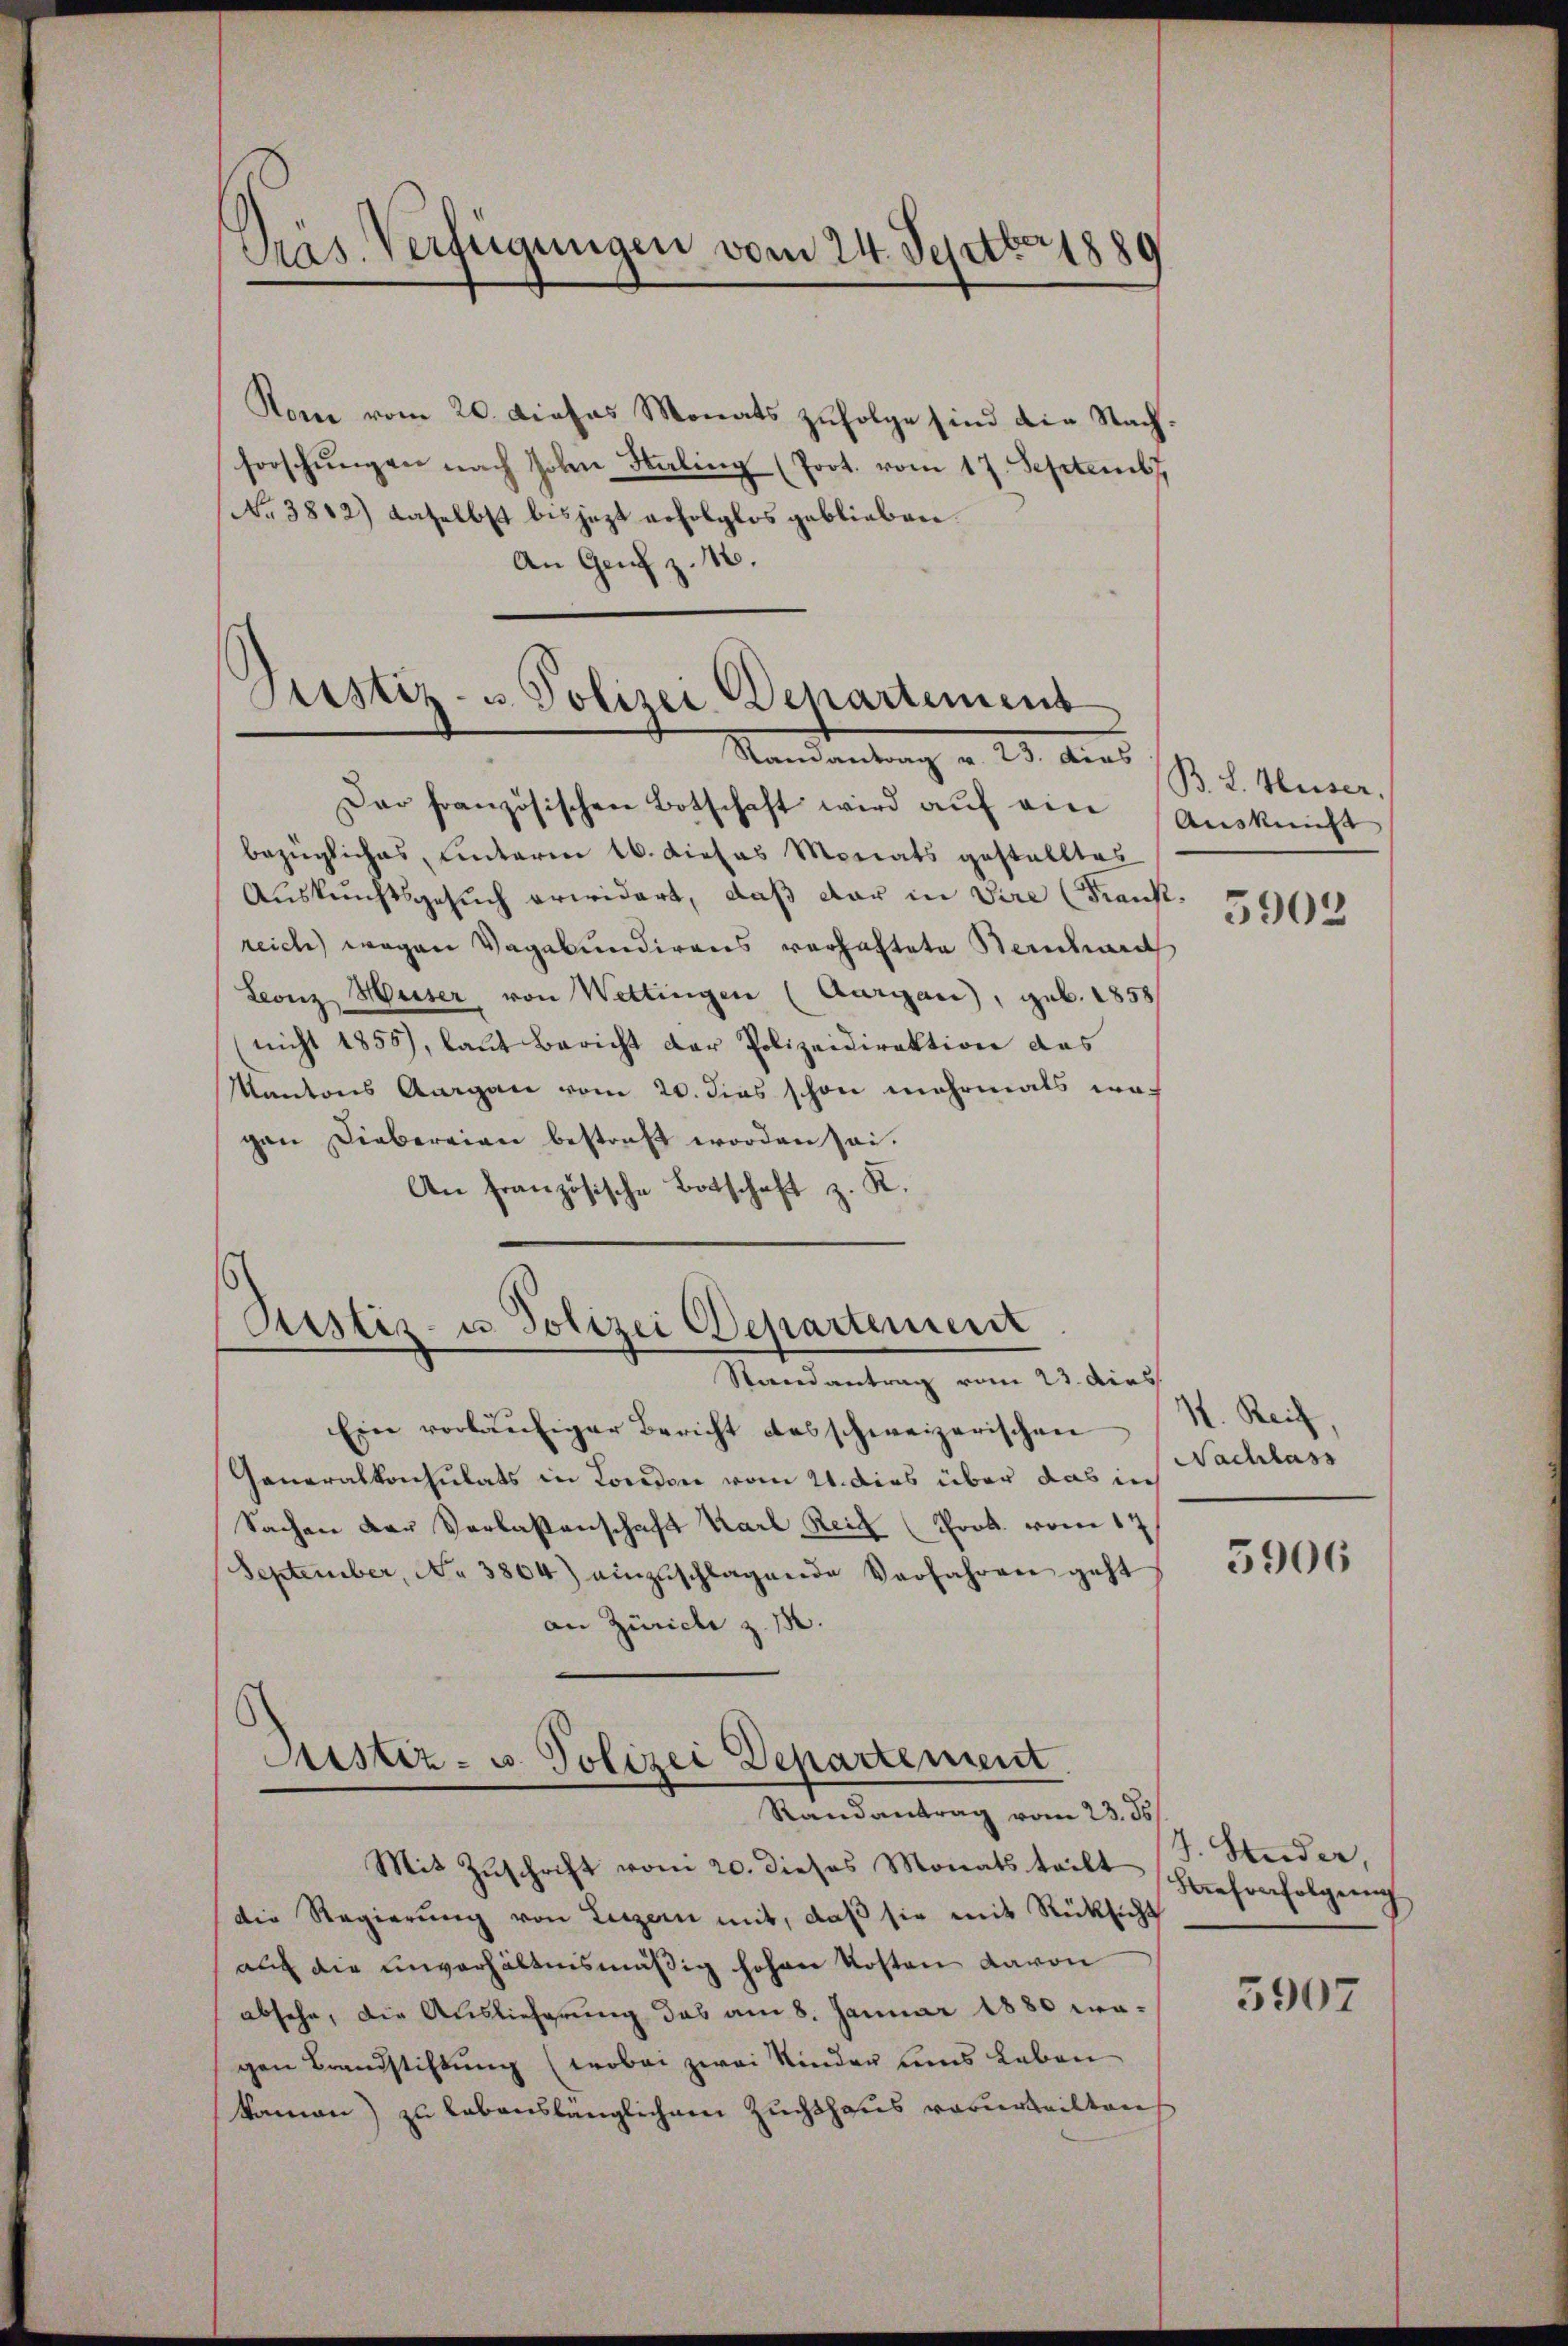
Präs. Verfügungen vom 24. Septbr. 1889

Rom vom 20. Diehas Monats zŭfolge sind die Nach-
forschungen nach Hohen Kaling (Prot. vom 17. Septembr
No 3812) daselbst bis jezt erfolglos geblieben.
An Genf z. 18.

Justiz- u. Polizei Departement
Randantrag v. 23. dies
Dar französischen Botschaft wird aŭf ein Aŭsknift

bezügliches, hinterm 16. dieses Monats gestelltes
Auskunftsgesuch erwidert, daß der in Vire (Frankreich wegen Vagabundigens verhaftete Sendand
Leonz Huser, von Wettingen (Aargau, geb. 1858/
nicht 1855), laut Bericht der Polizeidirektion das
Kantons Aargau vom 20. dies schon mehrmals wegen Diebereien bestraft worden sei.
An Französische Botschaft z. K.

Justiz- u Polizei Departement
Randantrag vom 23. dies

Aristiz- u. Polizei Departement
Randantrag vom 23. ds.

Ein vorläufiger Bericht das schweizerischen
Generalkonsulats in London vom 21. dies über das in
Sachen der Verlassenschaft Karl Reiz (Prok. vom 17
September, No 3864) einzuschlagende Verfahren geht
an Zürich z. B.
Mit Zuschrift vom 20. dieses Monats teilt reforfolgerich
die Regierŭng von Luzern mit, daβ sie mit Rücksicht
auf die unverhältnismäßig hohen Kosten davon
absehe, die Auslieferung das am 8. Januar 1880 wagen Brandstiftung (wobei zwei Kinder uns Leben
kamen) zu lebenslänglichem Zuchthaus verurteilten

B. L. Huser.

5903

14. Reif,
Nachlass

5906

J. Studer,

3907